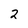
Character: 2